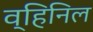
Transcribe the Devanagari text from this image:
व्हिनिल